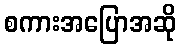
စကားအပြောအဆို